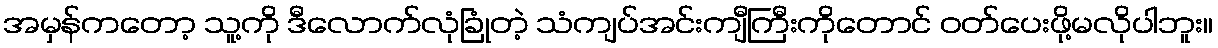
အမှန်ကတော့ သူ့ကို ဒီလောက်လုံခြုံတဲ့ သံကျပ်အင်းကျီကြီးကိုတောင် ဝတ်ပေးဖို့မလိုပါဘူး။